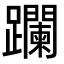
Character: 躝